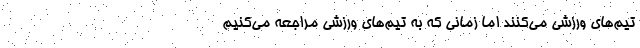
تیم‌های ورزشی می‌کنند اما زمانی که به تیم‌های ورزشی مراجعه می‌کنیم